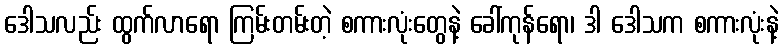
ဒေါသလည်း ထွက်လာရော ကြမ်းတမ်းတဲ့ စကားလုံးတွေနဲ့ ခေါ်ကုန်ရော၊ ဒါ ဒေါသက စကားလုံးနဲ့